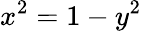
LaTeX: x^{2}=1-y^{2}